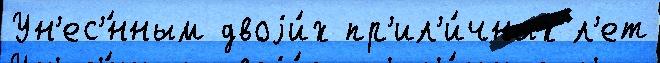
Ун'ес'́нным двоjи́х пр'ил'и́чных л'ет